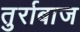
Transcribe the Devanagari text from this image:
तुर्राबाज